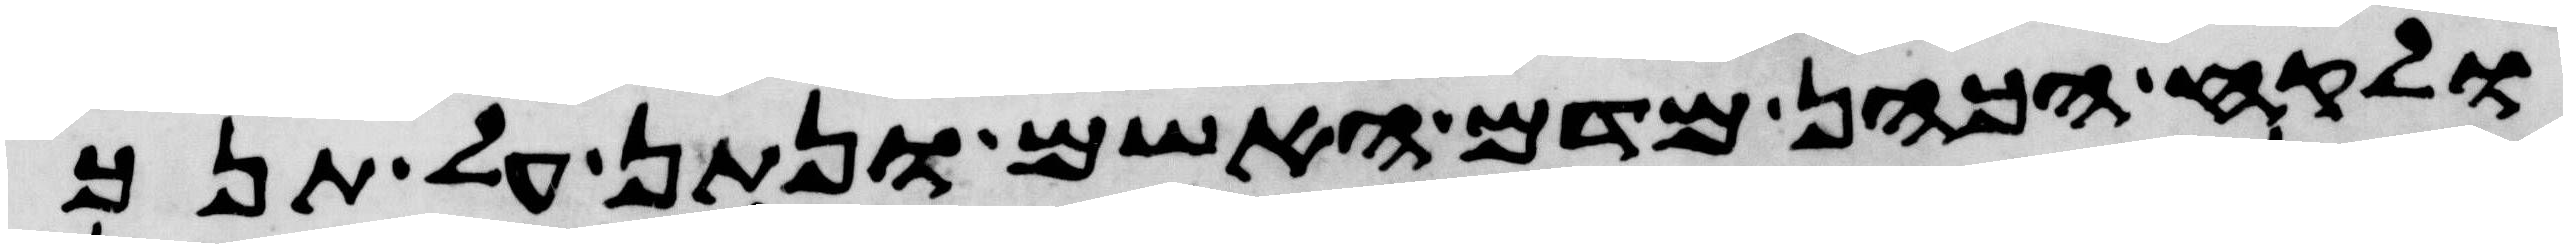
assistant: ולקח הכהן מדם האשם ונתן על תנך